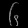
Digit: ၆